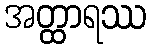
အတ္ထာရဿ